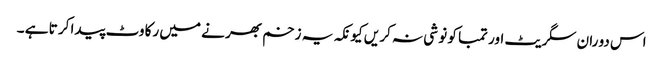
اس دو ران سگر یٹ اور تمبا کو نو شی نہ کر یں کیو نکہ یہ زخم بھر نے میں رکا وٹ پیدا کر تا ہے ۔